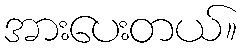
အားပေးတယ်။